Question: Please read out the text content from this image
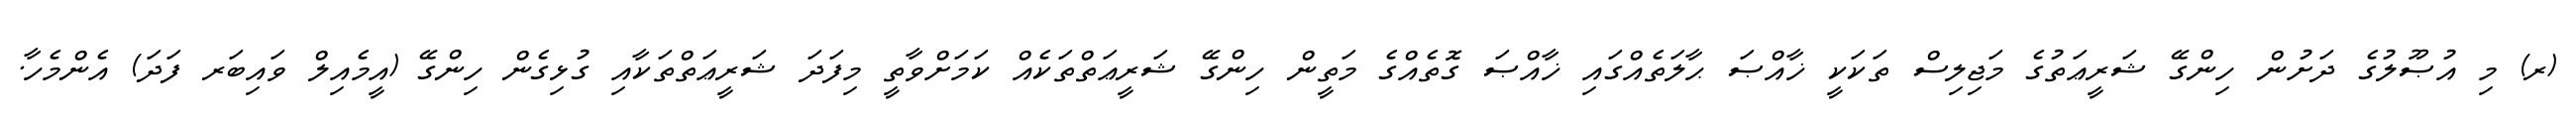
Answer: (ރ) މި އުޞޫލުގެ ދަށުން ހިންގޭ ޝަރީޢަތުގެ މަޖިލިސް ތަކަކީ ޚާއްޞަ ޙާލަތެއްގައި ޚާއްޞަ ގޮތެއްގެ މަތީން ހިންގޭ ޝަރީޢަތްތަކެއް ކަމަށްވާތީ މިފަދަ ޝަރީޢަތްތަކާއި ގުޅިގެން ހިންގޭ (އީމެއިލް ވައިބަރ ފަދަ) އެންމެހާ.